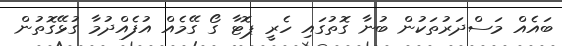
ބައެއް މަސްދަރުތަކުން ބުނާ ގޮތުގައި ހެރީ ޕޮޓާ ގޯ ގޭމެއް އުފެއްދުމާ ގުޅޭގޮތުން